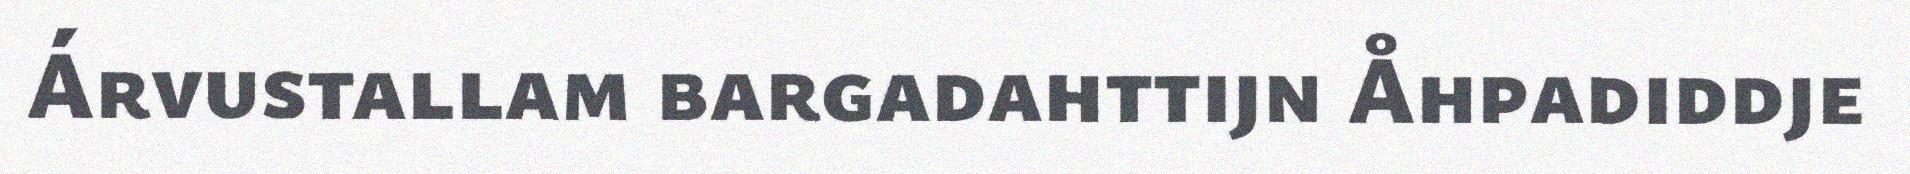
Árvustallam bargadahttijn Åhpadiddje